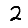
Digit: 2